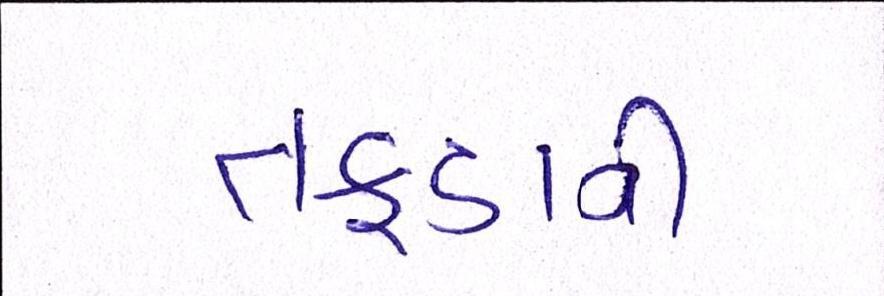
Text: તફડાવી